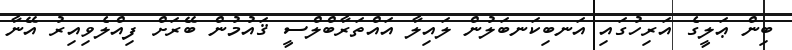
ބިން ޢަލީގެ އަރިހުގައި އަނބިކަނބަލުން ލައިލާ އައްތަރާބްލްސީ ޤައުމުން ބޭރަށް ފިއްލެވިއިރު އޭނާ